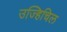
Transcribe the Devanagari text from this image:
उज्हिचिल